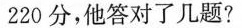
220分，他答对了几题？